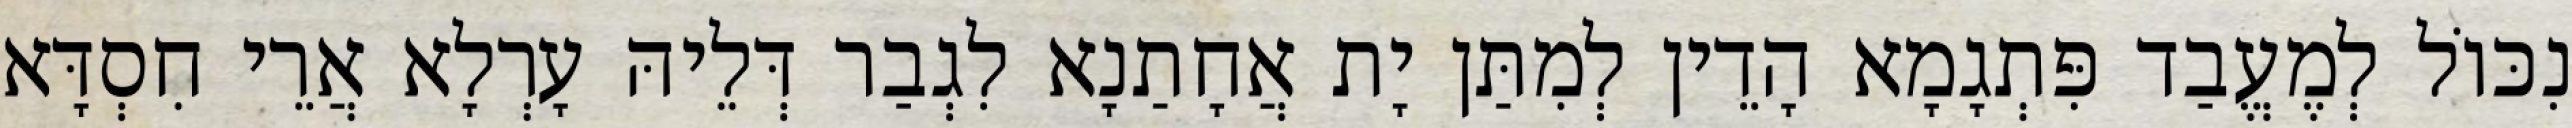
נִכּוֹל לְמֶעֱבַד פִּתְגָמָא הָדֵין לְמִתַּן יָת אֲחָתַנָא לִגְבַר דְּלֵיהּ עָרְלָא אֲרֵי חִסְדָּא